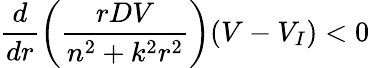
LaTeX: \frac{d}{dr}\left(\frac{rDV}{n^{2}+k^{2}r^{2}}\right)(V-V_{I})<0